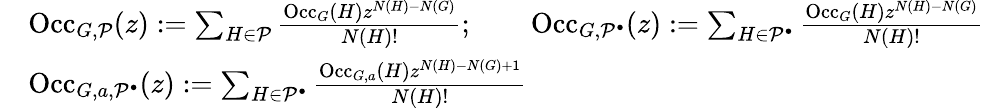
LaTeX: \begin{array}{rl}&{\mathrm{Occ}_{G,\mathcal{P}}(z):=\sum_{H\in\mathcal{P}}\frac{\mathrm{Occ}_{G}(H)z^{N(H)-N(G)}}{N(H)!};\qquad\mathrm{Occ}_{G,\mathcal{P}^{\bullet}}(z):=\sum_{H\in\mathcal{P}^{\bullet}}\frac{\mathrm{Occ}_{G}(H)z^{N(H)-N(G)}}{N(H)!}}\\ &{\mathrm{Occ}_{G,a,\mathcal{P}^{\bullet}}(z):=\sum_{H\in\mathcal{P}^{\bullet}}\frac{\mathrm{Occ}_{G,a}(H)z^{N(H)-N(G)+1}}{N(H)!}}\end{array}